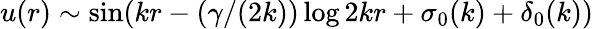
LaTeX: u(r)\sim\sin(kr-(\gamma/(2k))\log 2kr+\sigma_{0}(k)+\delta_{0}(k))